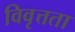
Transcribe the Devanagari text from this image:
विवृत्तता